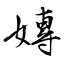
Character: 嫥